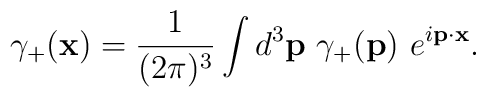
\gamma_{+}({\bf x})=\frac{1}{(2\pi)^{3}}\int d^{3}{\bf p}~\gamma_{+}({\bf p}) ~ e^{i{\bf p}\cdot {\bf x}}.